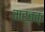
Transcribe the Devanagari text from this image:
मर्बक़